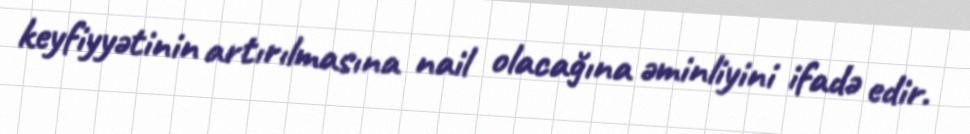
keyfiyyətinin artırılmasına nail olacağına əminliyini ifadə edir.